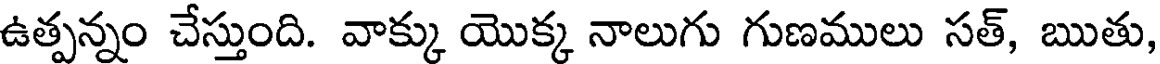
ఉత్పన్నం చేస్తుంది. వాక్కు యొక్క నాలుగు గుణములు సత్, ఋతు,